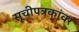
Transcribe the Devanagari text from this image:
सूचीपत्रकांवर